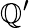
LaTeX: \mathbb{Q}^{\prime}